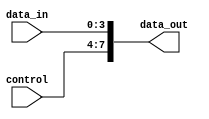
module vector_continuous_assignment (
    input wire [3:0] data_in,      // 4-bit input vector
    input wire [3:0] control,       // 4-bit control signal
    output wire [7:0] data_out      // 8-bit output vector
);

// Continuous assignment to drive the data_out vector
assign data_out = {control, data_in}; // Concatenating control and data_in

endmodule